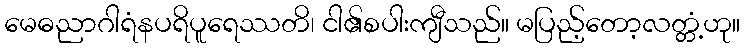
မေဓညာဂါရံနပရိပူရေဿတိ၊ ငါ၏စပါးကျီသည်။ မပြည့်တော့လတ္တံ့ဟု။